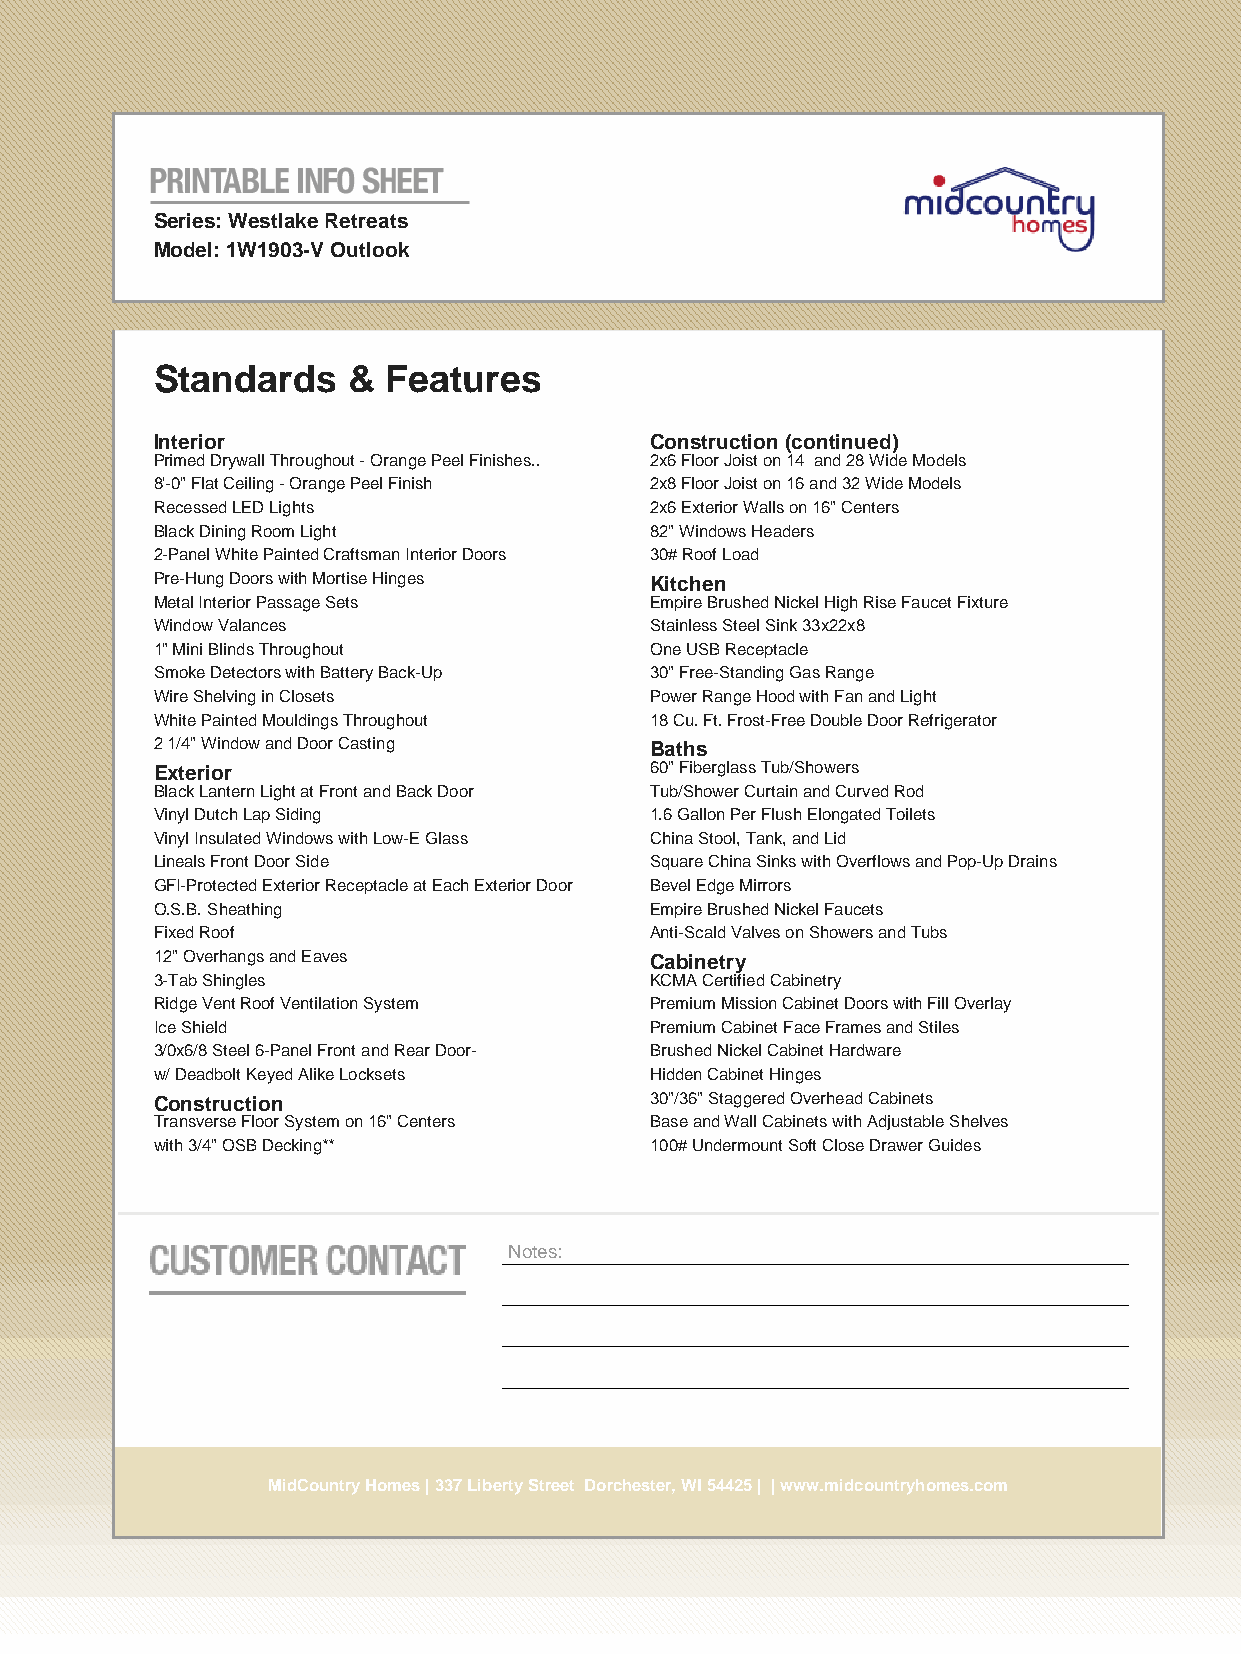
Series: Westlake Retreats
 Model: 1W1903-V Outlook
 Standards    & Features
 Interior                         Construction (continued)
 Primed Drywall Throughout - Orange Peel Finishes.. 2x6 Floor Joist on 14 and 28 Wide Models
 8'-0" Flat Ceiling - Orange Peel Finish 2x8 Floor Joist on 16 and 32 Wide Models
 Recessed LED Lights              2x6 Exterior Walls on 16" Centers
 Black Dining Room Light          82" Windows Headers
 2-Panel White Painted Craftsman Interior Doors 30# Roof Load
 Pre-Hung Doors with Mortise Hinges Kitchen
 Metal Interior Passage Sets      Empire Brushed Nickel High Rise Faucet Fixture
 Window Valances                  Stainless Steel Sink 33x22x8
 1" Mini Blinds Throughout        One USB Receptacle
 Smoke Detectors with Battery Back-Up 30" Free-Standing Gas Range
 Wire Shelving in Closets         Power Range Hood with Fan and Light
 White Painted Mouldings Throughout 18 Cu. Ft. Frost-Free Double Door Refrigerator
 2 1/4" Window and Door Casting   Baths
 Exterior                         60" Fiberglass Tub/Showers
 Black Lantern Light at Front and Back Door Tub/Shower Curtain and Curved Rod
 Vinyl Dutch Lap Siding           1.6 Gallon Per Flush Elongated Toilets
 Vinyl Insulated Windows with Low-E Glass China Stool, Tank, and Lid
 Lineals Front Door Side          Square China Sinks with Overflows and Pop-Up Drains
 GFI-Protected Exterior Receptacle at Each Exterior Door Bevel Edge Mirrors
 O.S.B. Sheathing                 Empire Brushed Nickel Faucets
 Fixed Roof                       Anti-Scald Valves on Showers and Tubs
 12" Overhangs and Eaves          Cabinetry
 3-Tab Shingles                   KCMA Certified Cabinetry
 Ridge Vent Roof Ventilation System Premium Mission Cabinet Doors with Fill Overlay
 Ice Shield                       Premium Cabinet Face Frames and Stiles
 3/0x6/8 Steel 6-Panel Front and Rear Door- Brushed Nickel Cabinet Hardware
 w/ Deadbolt Keyed Alike Locksets Hidden Cabinet Hinges
 Construction                     30"/36" Staggered Overhead Cabinets
 Transverse Floor System on 16" Centers Base and Wall Cabinets with Adjustable Shelves
 with 3/4" OSB Decking**          100# Undermount Soft Close Drawer Guides
 Notes:
 MidCountry Homes | 337 Liberty Street Dorchester, WI 54425 | | www.midcountryhomes.com